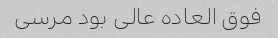
فوق العاده عالی بود مرسی